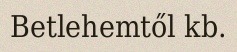
Betlehemtől kb.